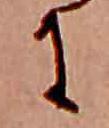
に